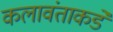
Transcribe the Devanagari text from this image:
कलावंताकडे